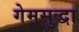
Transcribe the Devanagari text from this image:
गेमसुद्धा